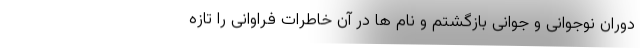
دوران نوجوانی و جوانی بازگشتم و نام ها در آن خاطرات فراوانی را تازه